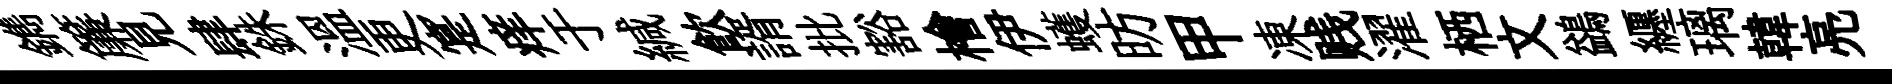
鐫簾見肆銖溫更寔痒于緘飮諝批豁檜伊蠖昉甲凍贱濯栖文鷁纒璃韓亮